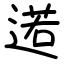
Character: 逽